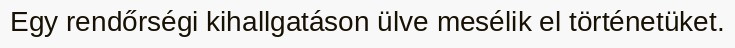
Egy rendőrségi kihallgatáson ülve mesélik el történetüket.